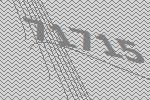
71715